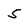
Character: 5